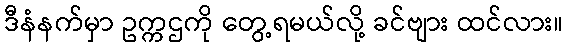
ဒီနံနက်မှာ ဥက္ကဌကို တွေ့ရမယ်လို့ ခင်ဗျား ထင်လား။